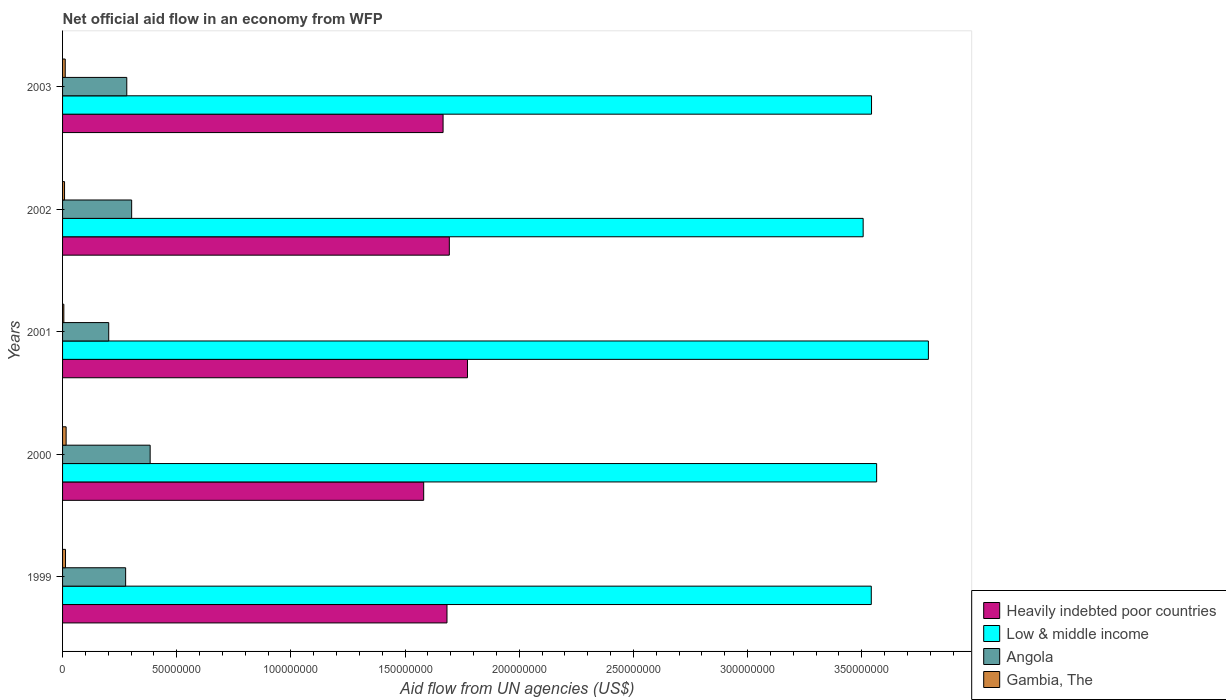
| Years | Heavily indebted poor countries | Low & middle income | Angola | Gambia, The |
 | --- | --- | --- | --- | --- |
 | 1999 | 1.68e+08 | 3.54e+08 | 2.76e+07 | 1.29e+06 |
 | 2000 | 1.58e+08 | 3.57e+08 | 3.84e+07 | 1.56e+06 |
 | 2001 | 1.77e+08 | 3.79e+08 | 2.02e+07 | 5.6e+05 |
 | 2002 | 1.69e+08 | 3.51e+08 | 3.03e+07 | 8.7e+05 |
 | 2003 | 1.67e+08 | 3.54e+08 | 2.81e+07 | 1.17e+06 |